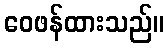
ဝေဖန်ထားသည်။